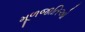
મૂળજાતિઓ